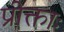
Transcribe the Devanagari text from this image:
प्रोक्ताः